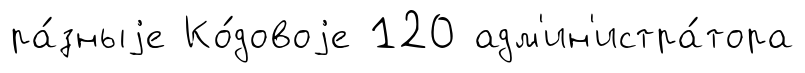
ра́зныjе Ко́довоjе 120 адм'ин'истра́тора